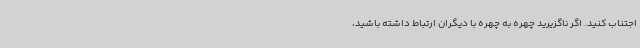
اجتناب کنید. اگر ناگزیرید چهره به چهره با دیگران ارتباط داشته باشید،